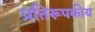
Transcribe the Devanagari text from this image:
प्रतिरूपकीय